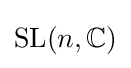
\operatorname {SL} (n,\mathbb {C} )